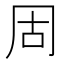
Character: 𪞎